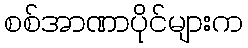
စစ်အာဏာပိုင်များက